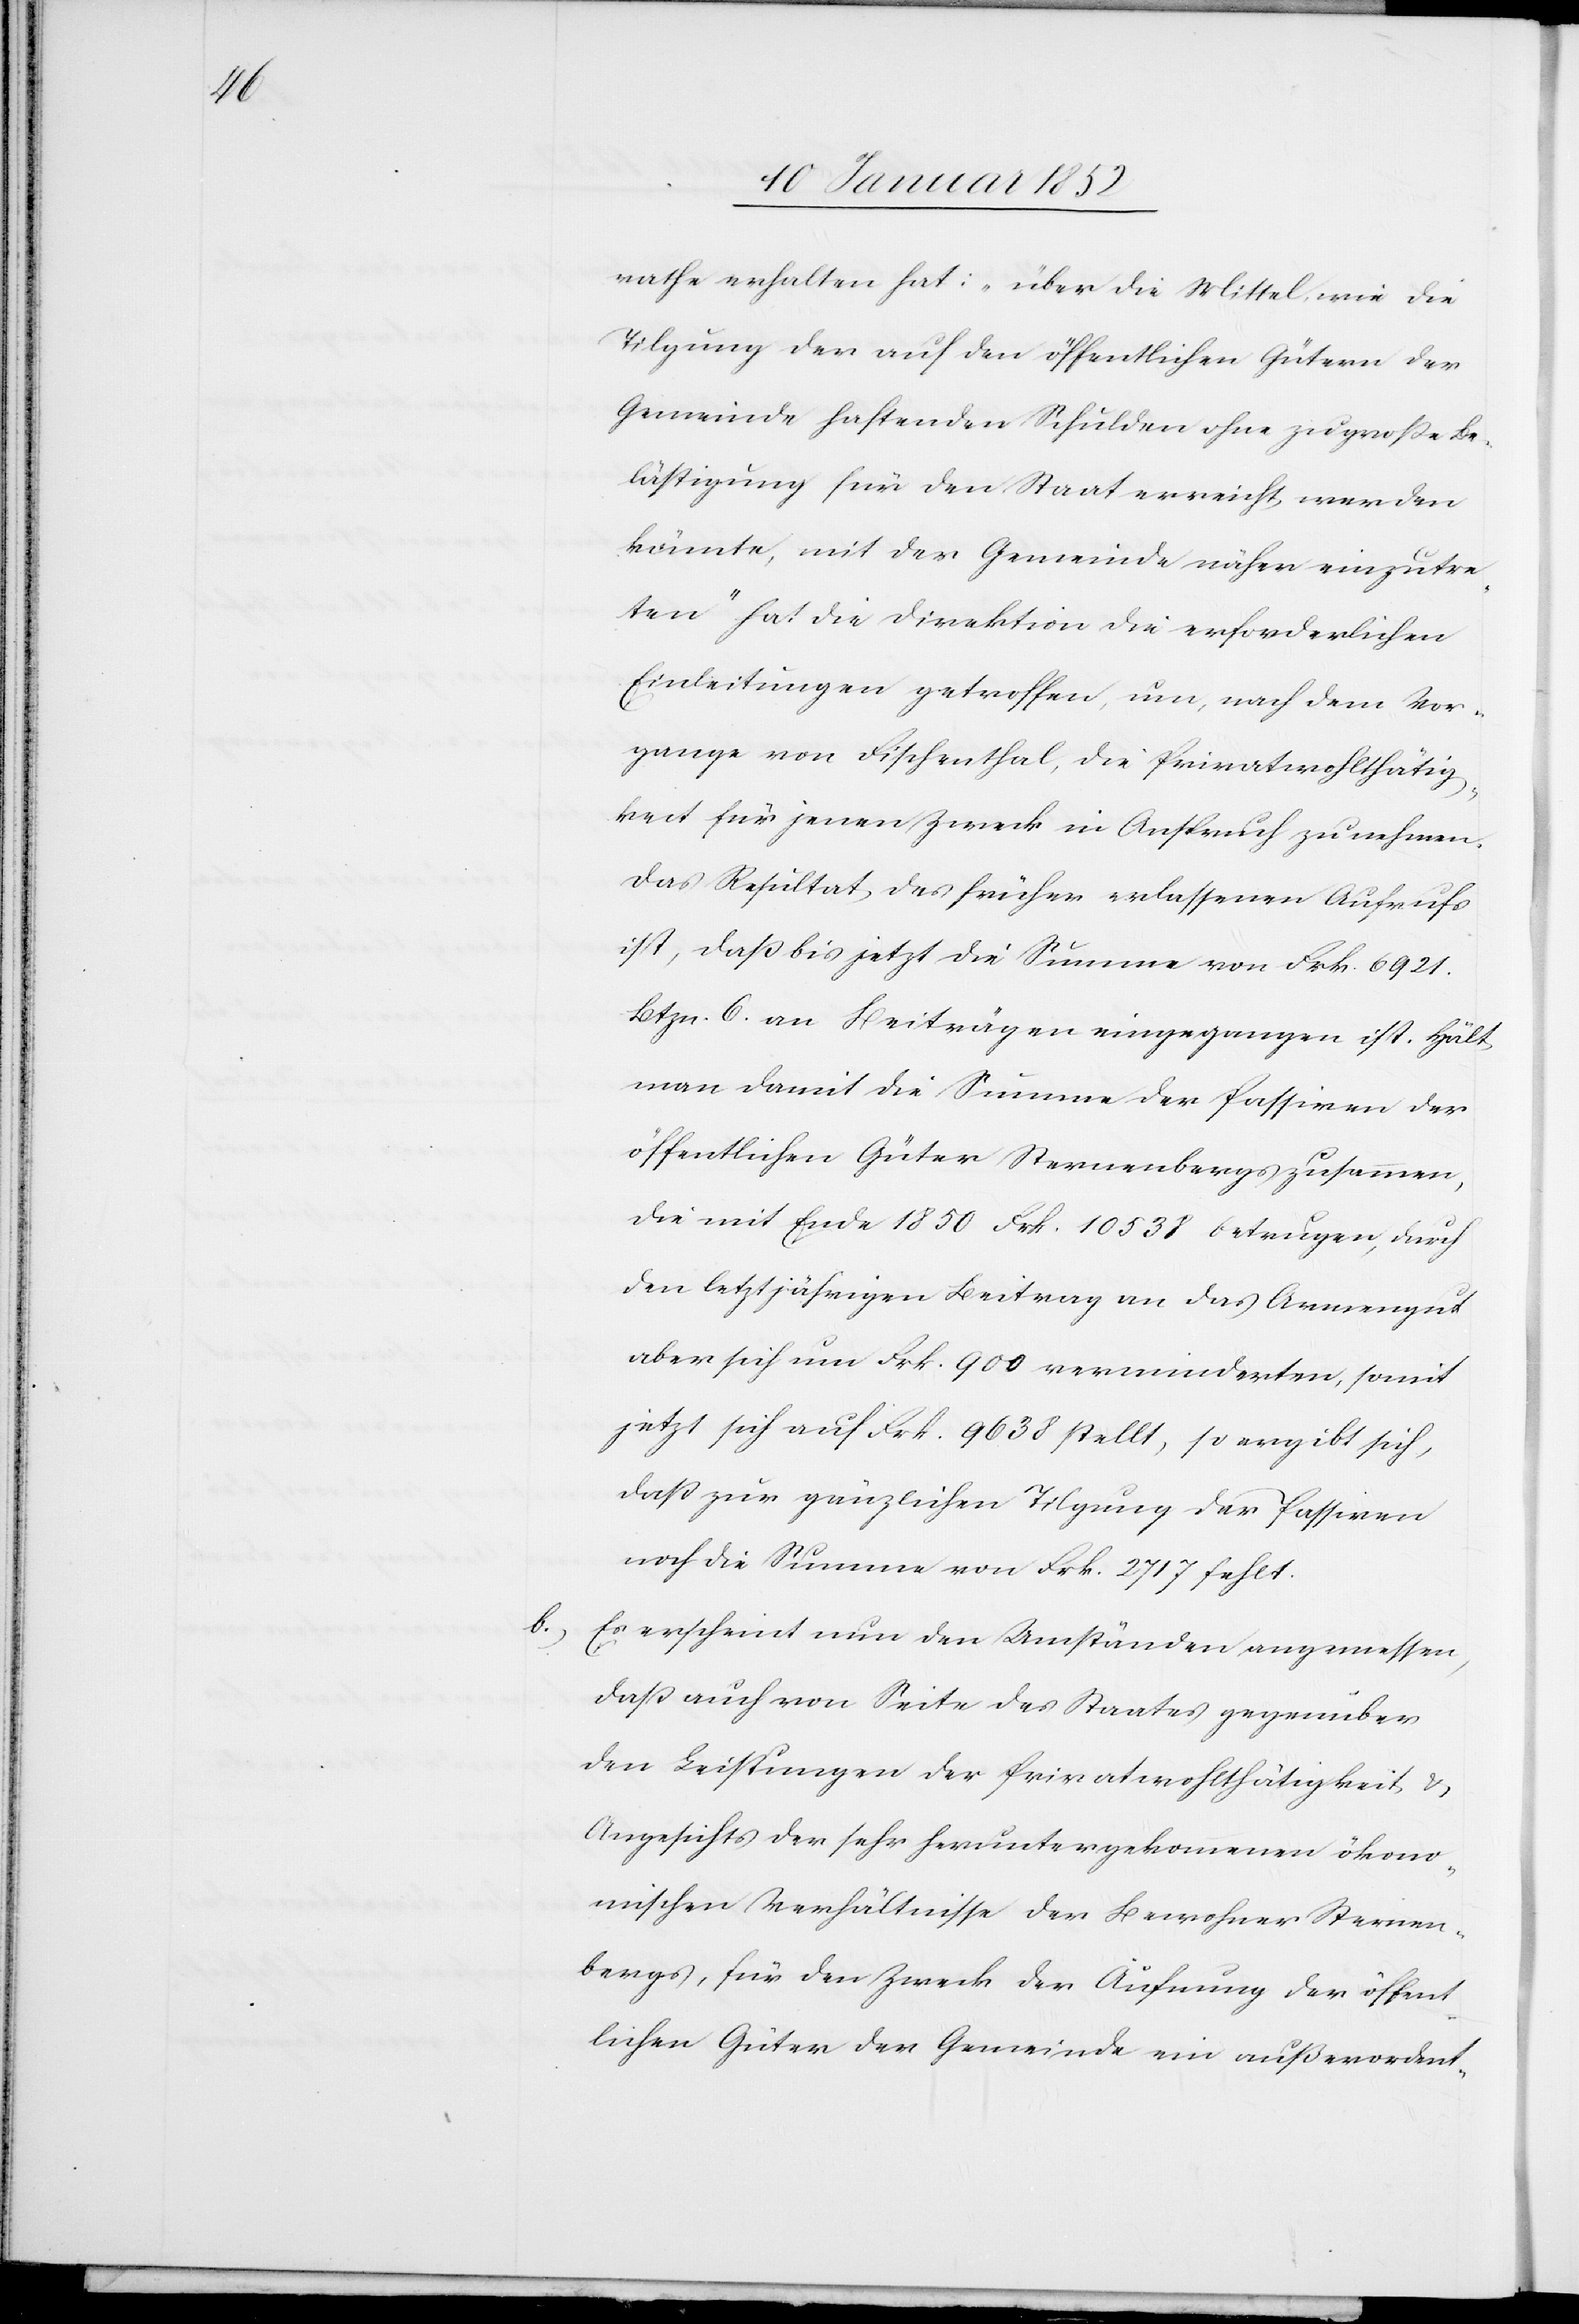
rathe erhalten hat: „über die Mittel wie die
Tilgung der auf den öffentlichen Gütern der
Gemeinde haftenden Schulden ohne zu große Be¬
lästigung für den Staat erreicht werden
könnte, mit der Gemeinde näher einzutre¬
ten“ hat die Direktion die erforderlichen
Einleitungen getroffen um, nach dem Vor¬
gange von Fischenthal, die Privatwohlthätig¬
keit für jenen Zweck in Anspruch zu nehmen.
Das Resultat des früher erlassenen Aufrufs
ist, daß bis jetzt die Summe von Frk. 6921.
Btzn. 6. an Beiträgen eingegangen ist. Hält
man damit die Summe der Passiven der
öffentlichen Güter Sternenbergs zusammen,
die mit Ende 1850 Frk. 10538 betrugen, durch
den letztjährigen Beitrag an das Armengut
aber sich um Frk. 900. verminderten, somit
jetzt sich auf Frk. 9638 stellt, so ergibt sich,
daß zur gänzlichen Tilgung der Passiven
noch die Summe von Frk. 2717 fehlt.
b.) Es erscheint nun den Umständen angemessen,
daß auch von Seite des Staates gegenüber
den Leistungen der Privatwohlthätigkeit, u.
Angesichts der sehr heruntergekommenen ökono¬
mischen Verhältnisse der Bewohner Sternen¬
bergs, für den Zweck der Äufnung der öffent¬
lichen Gütern der Gemeinde ein außerordent-